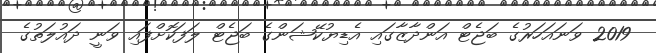
2019 ވަނައަހަރުގެ ބަޖެޓް އަންދާޒާގައި އެޑިޔުކޭޝަންގެ ބަޖެޓް ލަފަކޮށްފައި ވަނީ ދައުލަތުގެ